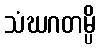
သံဃဂတမ္ပိ